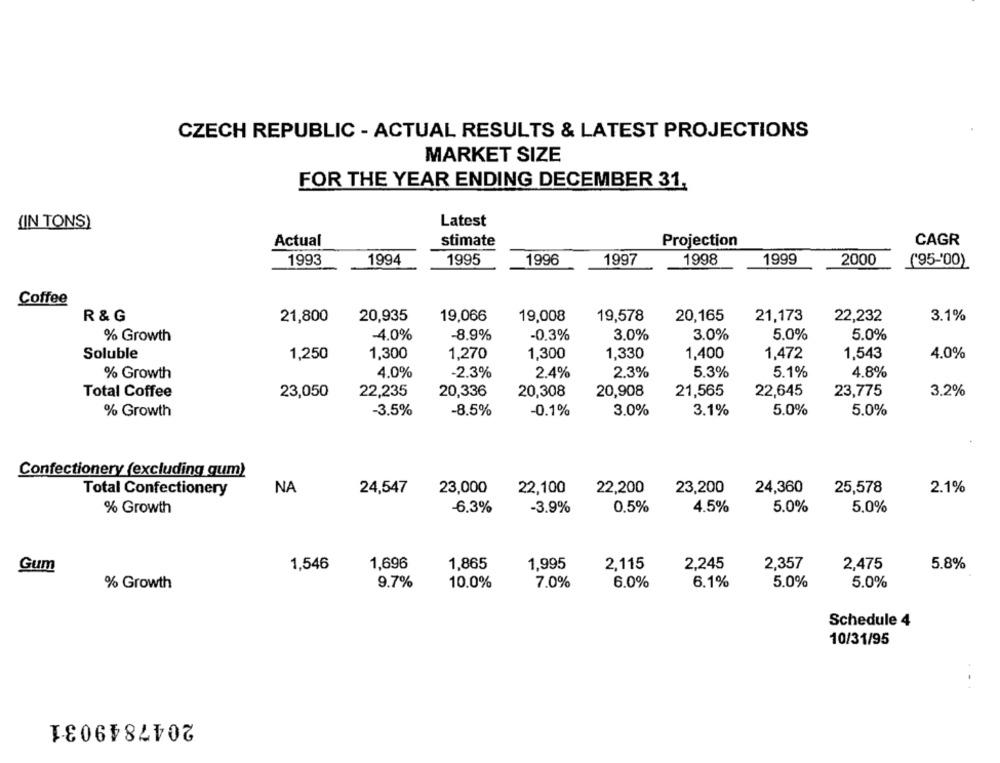
CZECH REPUBLIC - ACTUAL RESULTS & LATEST PROJECTIONS
MARKET SIZE
FOR THE YEAR ENDING DECEMBER 31,
Latest
(IN TONS)
Actual
stimate
Projection
CAGR
1993
1994
1995
1996
1997
1998
1999
2000
('95-'00)
Coffee
R & G
21,800
20,935
19,066
19,008
19,578
20,165
21,173
22,232
3.1%
-4.0%
-8.9%
-0,3%
3.0%
3.0%
5.0%
5.0%
% Growth
Soluble
1,250
1,300
1,270
1,300
1,330
1,400
1,472
1,543
4.0%
% Growth
4.0%
-2.3%
2.4%
2.3%
5.3%
5.1%
4.8%
Total Coffee
23,050
22,235
20,336
20,308
20,908
21,565
22,645
23,775
3.2%
% Growth
-3.5%
-8.5%
-0.1%
3.0%
3.1%
5.0%
5.0%
Confectionery (excluding gum)
NA
23,000
22,100
22,200
23,200
24,360
25,578
2.1%
Total Confectionery
24,547
% Growth
-6.3%
-3.9%
0,5%
4.5%
5.0%
5,0%
1,696
Gum
1,546
1,865
1,995
2,115
2,245
2,357
2,475
5.8%
% Growth
9.7%
10.0%
7.0%
6.0%
6.1%
5.0%
5.0%
Schedule 4
10/31/95
2047849031